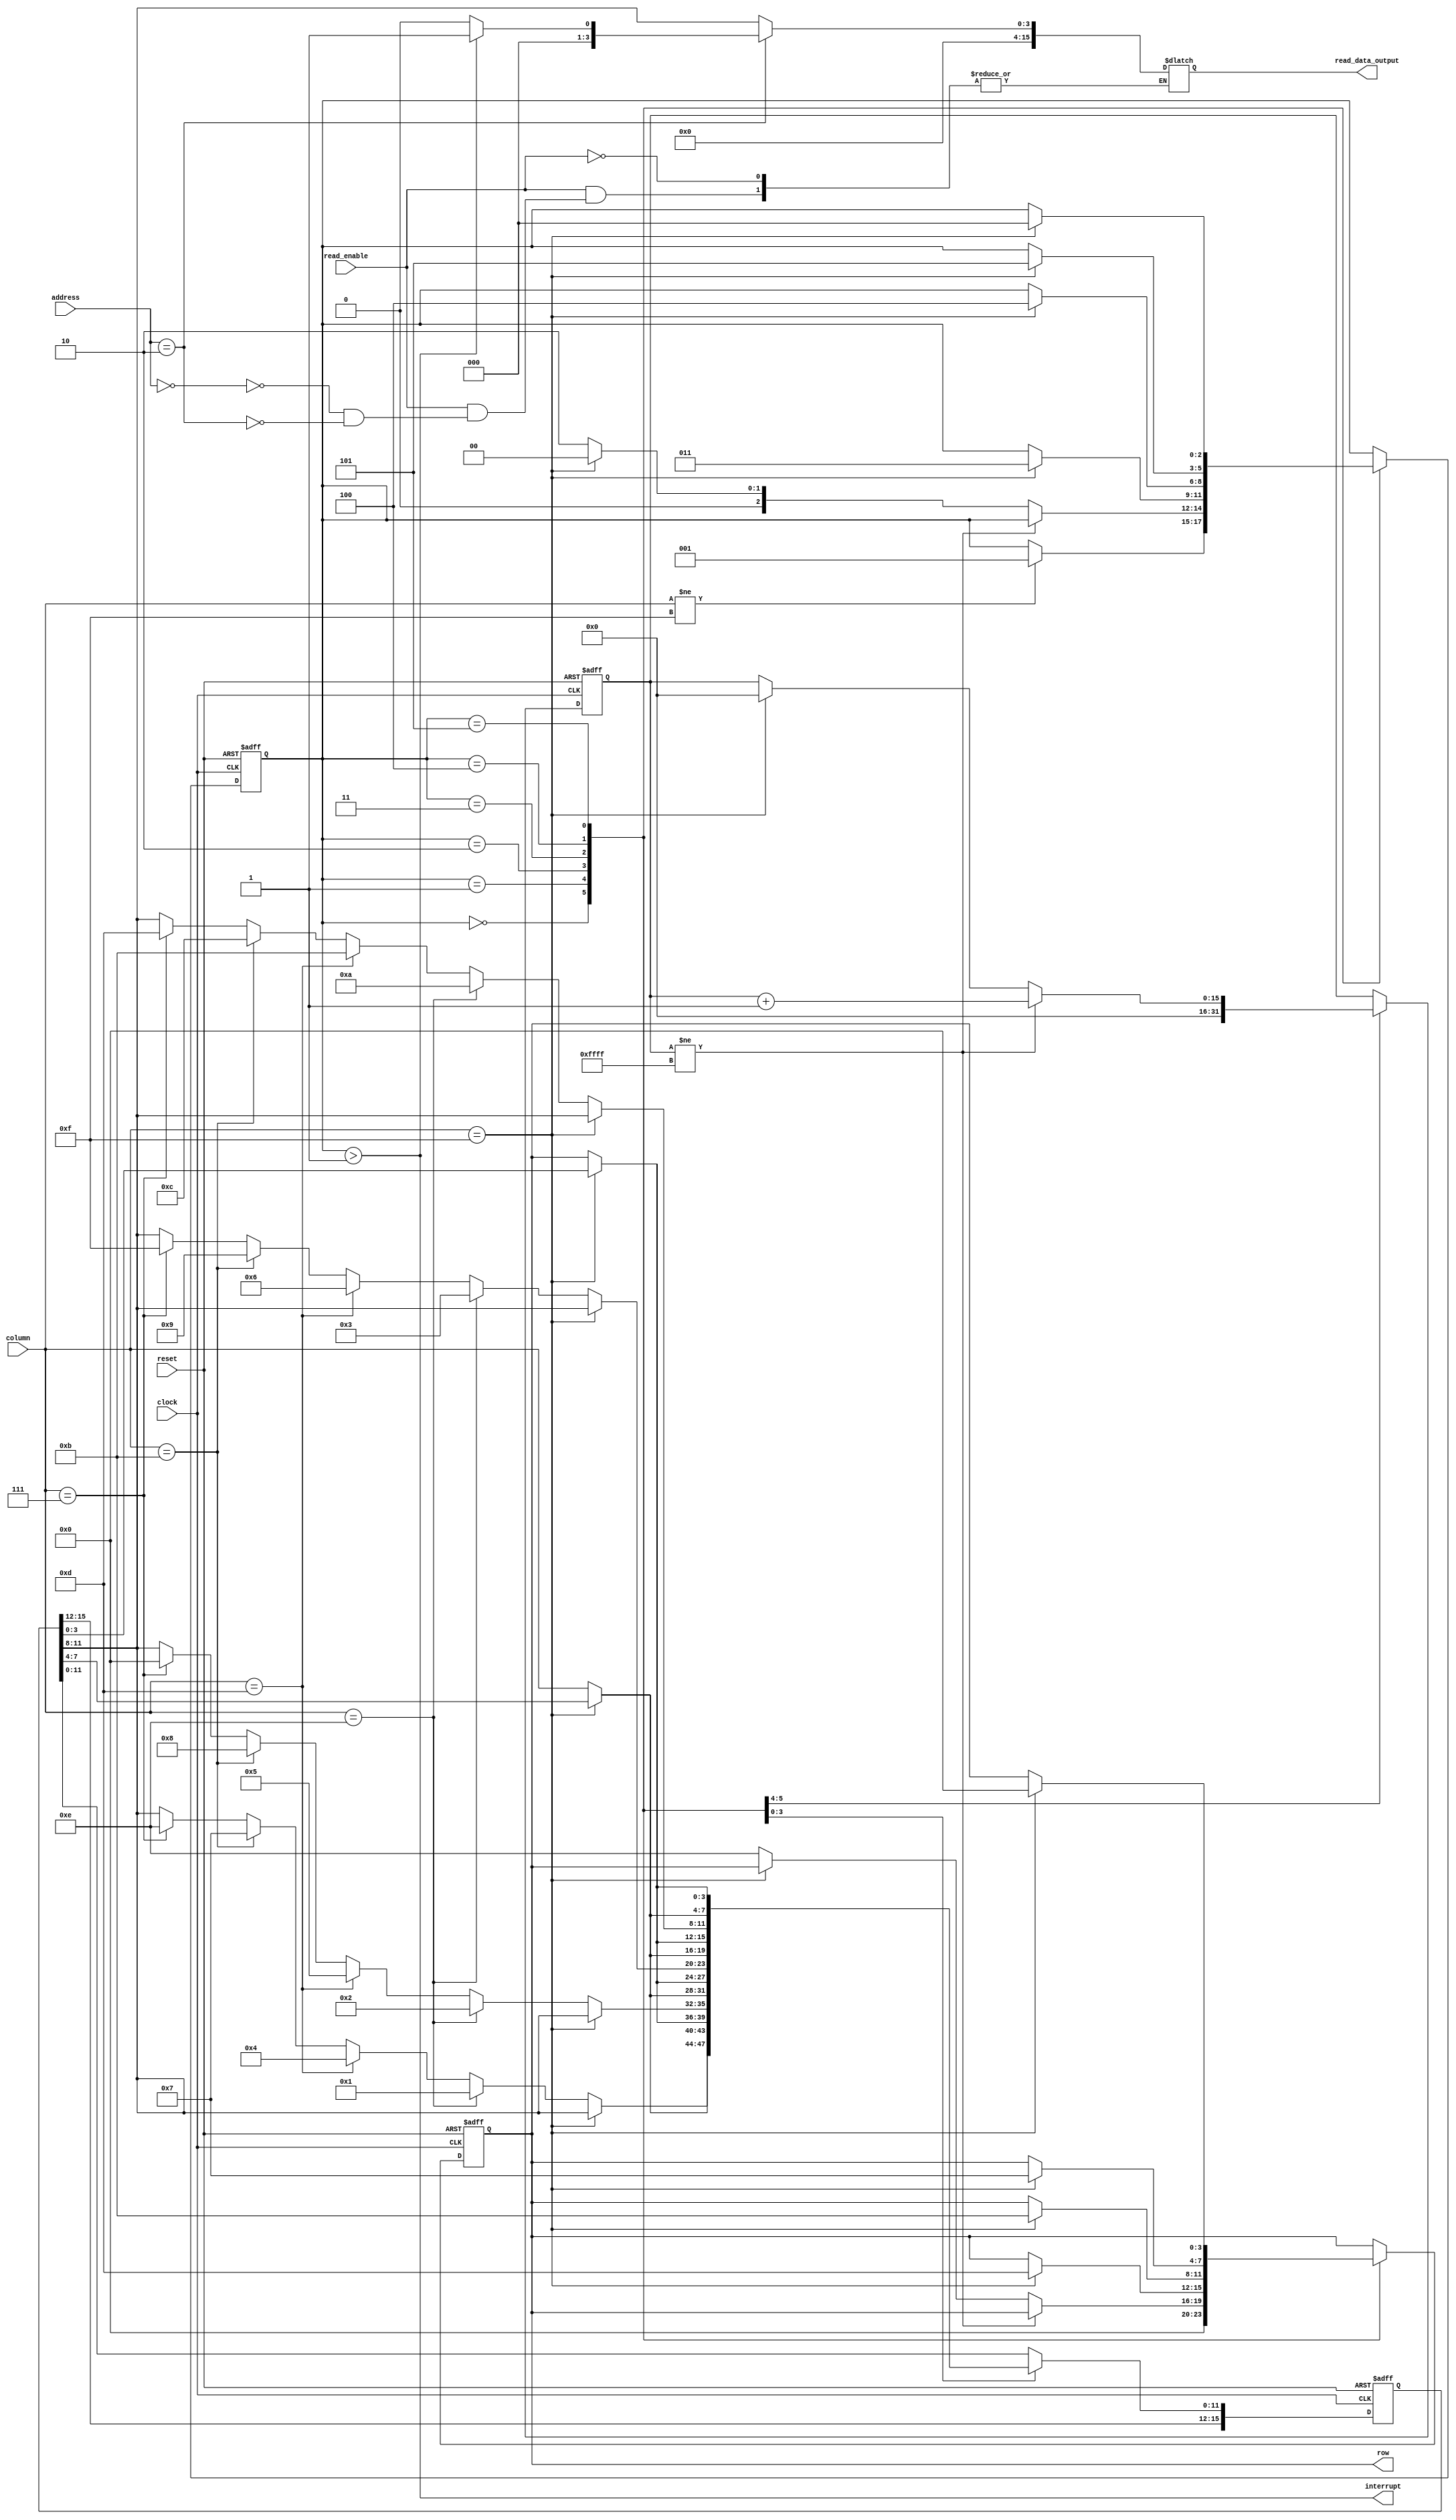
`timescale 1ns / 1ps
//////////////////////////////////////////////////////////////////////////////////
// Company: 
// Engineer: 
// 
// Design Name: 
// Module Name: keyboard
// Project Name: 
// Target Devices: 
// Tool Versions: 
// Description: 
// 
// Dependencies: 
// 
// Revision:
// Revision 0.01 - File Created
// Additional Comments:
// 
//////////////////////////////////////////////////////////////////////////////////


module keyboard(
    input clock,
    input reset,
    input read_enable,              // 
    input [3:0] column,
    input [2:0] address,            // keyboard
    output interrupt,
    output reg[15:0] read_data_output, // CPU4x4
    output reg[3:0] row
    );
    reg [15:0] count;
    reg [15:0] value;
    reg [2:0]  state;
    assign interrupt = state>3'd1;
    always @(negedge clock or posedge reset)
    begin
        if (reset == 1) begin
            count = 16'd0;
            value = 16'd0;
            state = 4'd0;
            row = 4'd0;
        end else begin
            case(state)
                3'b000:begin
                    row = 4'b0000;
                    count = 16'd0;
                    if(column!=4'b1111)
                        state = 3'b001;
                end
                3'b001:begin // 
                    if(count != 16'hffff) // 1/22ms1000
                        count = count + 16'd1;
                    else if(column == 4'b1111) begin  //1  
                        state = 3'b000;
                        count = 16'd0;
                    end else begin  //1  
                        row = 4'b1110;// 
                        state = 3'b010;
                    end
                end
                3'b010:begin // (1,2,3,A)
                    if(column == 4'b1111)begin
                        row = 4'b1101;
                        state = 3'b011;
                    end else begin
                        //state = 3'b000;
                        value[3:0] = row;
                        value[7:4] = column;
                        if(column == 4'b1110)
                            value[11:8] = 4'h1;
                        else if(column == 4'b1101)
                            value[11:8] = 4'h4;
                        else if(column == 4'b1011)
                            value[11:8] = 4'h7;
                        else if(column == 4'b0111)
                            value[11:8] = 4'hE;
                    end
                end 
                3'b011:begin // (4,5,6,B)
                    if(column == 4'b1111)begin
                        row = 4'b1011;
                        state = 3'b100;
                    end else begin
                        //state = 3'b000;
                        value[3:0] = row;
                        value[7:4] = column;
                        if(column == 4'b1110)
                            value[11:8] = 4'h2;
                        else if(column == 4'b1101)
                            value[11:8] = 4'h5;
                        else if(column == 4'b1011)
                            value[11:8] = 4'h8;
                        else if(column == 4'b0111)
                            value[11:8] = 4'h0;
                    end
                end   
                3'b100:begin // (7,8,9,C)
                    if(column == 4'b1111)begin
                        row = 4'b0111;
                        state = 3'b101;
                    end else begin
                        //state = 3'b000;
                        value[3:0] = row;
                        value[7:4] = column;
                        if(column == 4'b1110)
                            value[11:8] = 4'h3;
                        else if(column == 4'b1101)
                            value[11:8] = 4'h6;
                        else if(column == 4'b1011)
                            value[11:8] = 4'h9;
                        else if(column == 4'b0111)
                            value[11:8] = 4'hF;
                    end
                end  
                3'b101:begin // (*/E,0,#/F,D)
                    if(column == 4'b1111)begin
                        row = 4'b0000;
                        state = 3'b000;
                    end else begin
                        //state = 3'b000;
                        value[3:0] = row;
                        value[7:4] = column;
                        if(column == 4'b1110)
                            value[11:8] = 4'hA;
                        else if(column == 4'b1101)
                            value[11:8] = 4'hB;
                        else if(column == 4'b1011)
                            value[11:8] = 4'hC;
                        else if(column == 4'b0111)
                            value[11:8] = 4'hD;
                    end
                end  
            endcase
        end
     end
     always @(*)begin
        if (read_enable == 1)
        case (address)
            3'b000: read_data_output = {12'd0,value[11:8]}; // {4'd0,value[11:0]} {4'd0,value,,},(0FFFFFC10H)
            3'b010: // (0XFFFFFC12)
                read_data_output = (state > 3'd1) ? 16'd1:16'd0;
        endcase
     end
endmodule